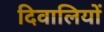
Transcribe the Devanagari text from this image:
दिवालियों